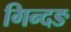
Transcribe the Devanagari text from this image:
गिन्दङ